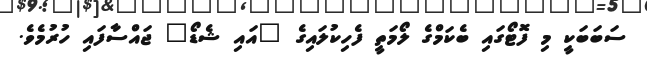
ސަބަބަކީ މި ފޮޓޯގައި ބެކަމްގެ ލޯމަތީ ފެހިކުލައިގެ "އައި ޝެޑޯ" ޖައްސާފައި ހުރުމެވެ.